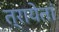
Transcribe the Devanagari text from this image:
त्रायेतां